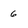
Character: 6